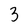
Character: 3